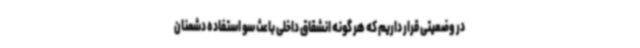
در وضعیتی قرار داریم که هر گونه انشقاق داخلی باعث سو استفاده دشمنان